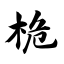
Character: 桅